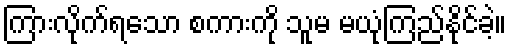
ကြားလိုက်ရသော စကားကို သူမ မယုံကြည်နိုင်ခဲ့။